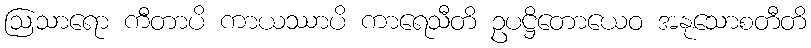
ဩသာရော ကီတာပိ ကာယဿာပိ ကာရေသီတိ ဥပဋ္ဌိတောယေဝ အနုသောစတီတိ